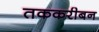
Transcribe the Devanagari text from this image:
तककरीबन